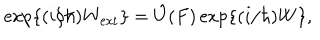
\mathrm { e x p } \{ ( i / \hbar ) W _ { \mathrm { e x t } } \} = \hat { U } ( F ) \, \mathrm { e x p } \{ ( i / \hbar ) W \} ,